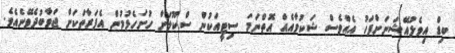
ބިޑް އިވެލުއޭޝަނަށްފަހު އެއްވެސް ޝަކުވާއެއް އޮތްނަމަ ސިޓީއަކުން ސްކޫލަށް ހުށަހެޅުމުން އެފަރާތަކަށް ޖަވާބުދެވޭނެއެވެ.